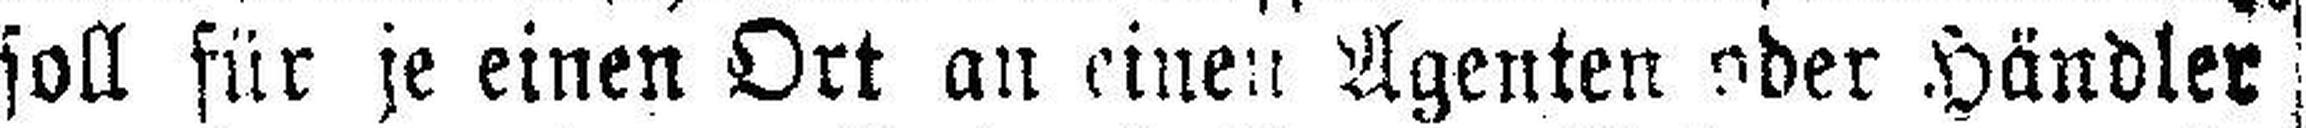
soll für je einen Ort an einen Agenten oder Händler